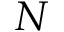
N